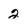
Character: 2